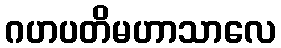
ဂဟပတိမဟာသာလေ